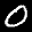
Label: 0